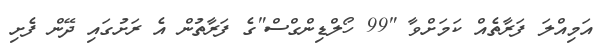
އަމިއްލަ ފަރާތެއް ކަމަށްވާ "99 ހޯލްޑިންގްސް"ގެ ފަރާތުން އެ ރަށުގައި ދޭން ފެށި